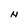
Character: N